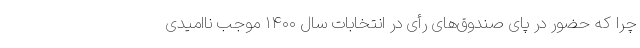
چرا که حضور در پای صندوق‌های رأی در انتخابات سال ۱۴۰۰ موجب ناامیدی